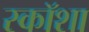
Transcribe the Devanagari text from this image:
स्कॉशा